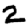
Digit: 2